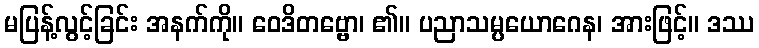
မပြန့်လွင့်ခြင်း အနက်ကို။ ဝေဒိတဗ္ဗော၊ ၏။ ပညာသမ္ပယောဂေန၊ အားဖြင့်။ ဒဿ